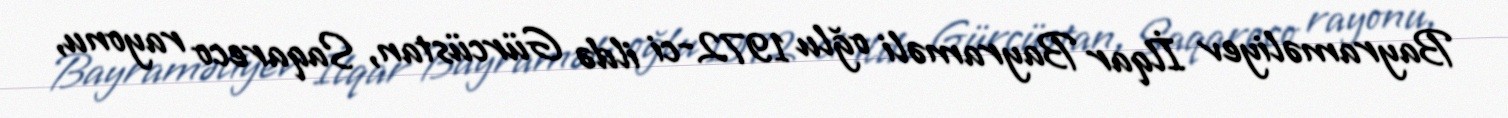
Bayraməliyev İlqar Bayraməli oğlu 1972-ci ildə Gürcüstan, Saqareco rayonu,